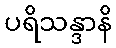
ပရိသန္ဒာနိ